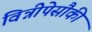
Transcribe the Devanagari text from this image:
विन्नीपेसौकी